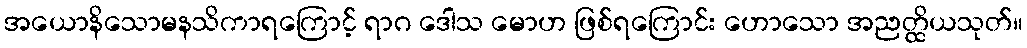
အယောနိသောမနသိကာရကြောင့် ရာဂ ဒေါသ မောဟ ဖြစ်ရကြောင်း ဟောသော အညတ္ထိယသုတ်။